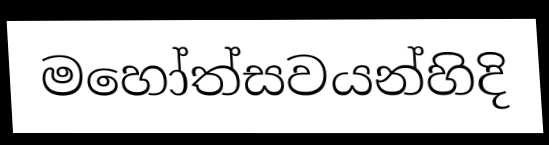
මහෝත්සවයන්හිදි